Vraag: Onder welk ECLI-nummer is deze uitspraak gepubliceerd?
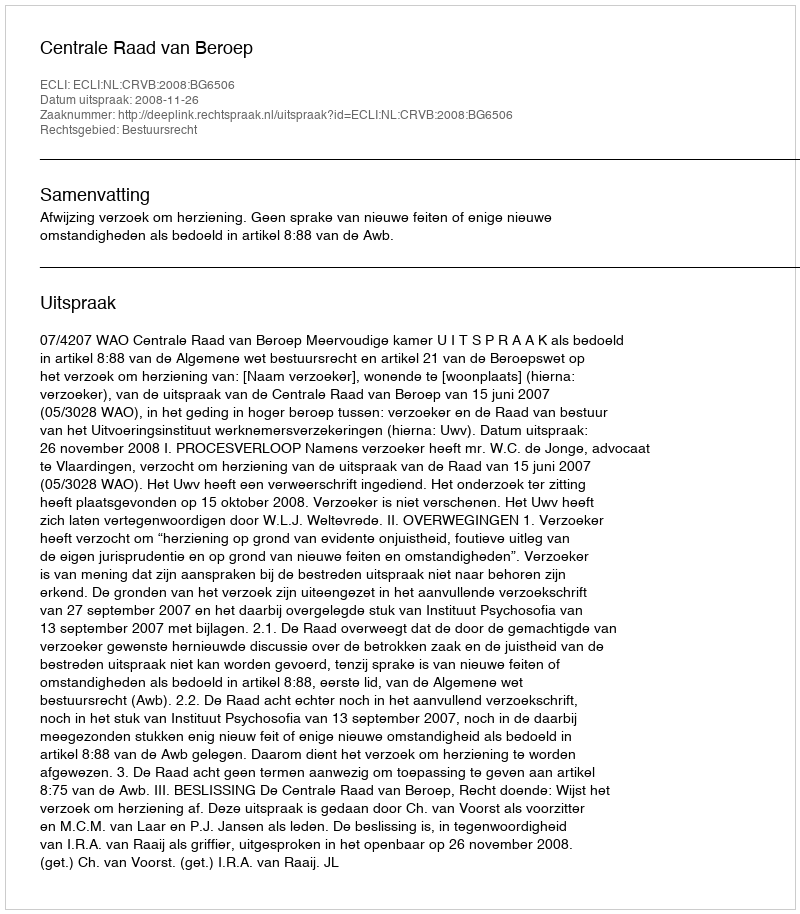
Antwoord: ECLI:NL:CRVB:2008:BG6506